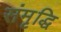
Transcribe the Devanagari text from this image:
संमृृद्धि